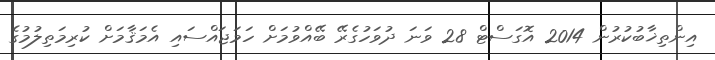
އިންތިޚާބުކުރުން 2014 އޮގަސްޓް 28 ވަނަ ދުވަހުގެރޭ ބޭއްވުމަށް ހަމަޖައްސައި އެމަޤާމަށް ކުރިމަތިލުމުގެ